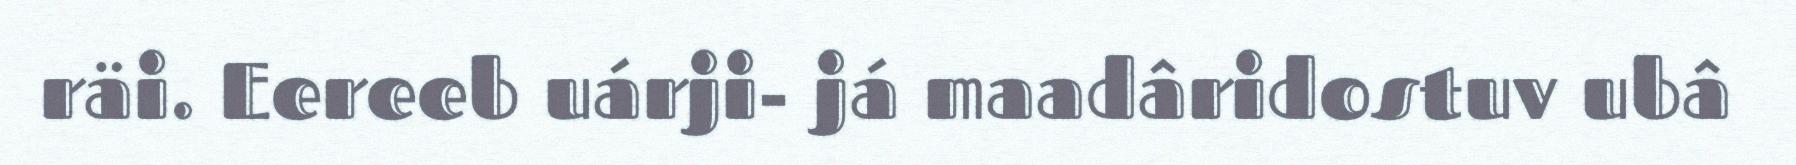
räi. Eereeb uárji- já maadâridostuv ubâ